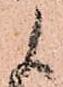
よ